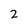
Character: 2